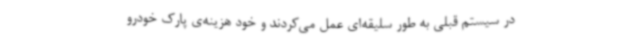
در سیستم قبلی به طور سلیقه‌ای عمل می‌کردند و خود هزینه‌ی پارک خودرو